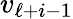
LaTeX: v_{\ell+i-1}